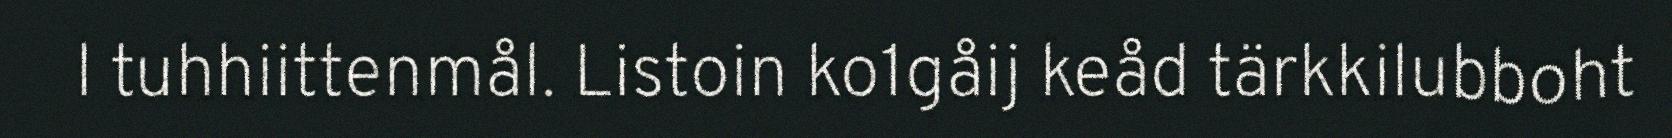
l tuhhiittenmål. Listoin ko1gåij keåd tärkkilubboht